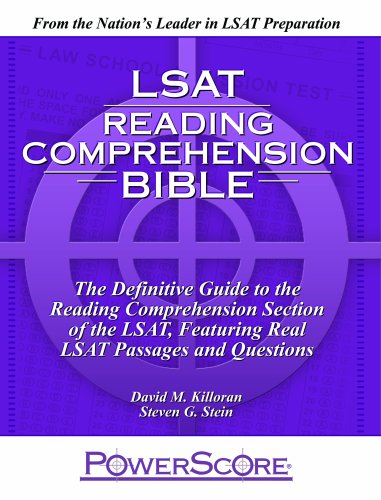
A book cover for The PowerScore LSAT Reading Comprehension Bible; David M. Killoran; Law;